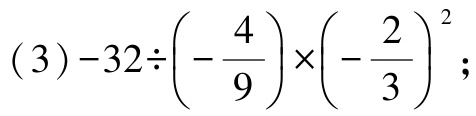
\((3)-32\div\left(-\dfrac{4}{9}\right)\times\left(-\dfrac{2}{3}\right)^{2};\)